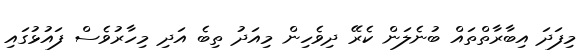
މިފަދަ އިބާރާތްތައް ބުނެލަން ކެރޭ ދިވެހިން މިއަދު ތިބެ އަދި މިހާރުވެސް ފައުޅުގައި